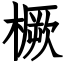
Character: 橛